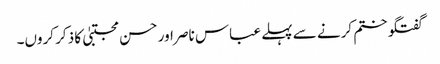
گفتگو ختم کرنے سے پہلے عباس ناصر اور حسن مجتبیٰ کا ذکر کروں۔